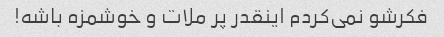
فکرشو نمی‌کردم اینقدر پر ملات و خوشمزه باشه!